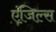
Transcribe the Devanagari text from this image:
एंजिल्स